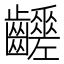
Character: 𪙸